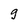
Character: 9